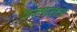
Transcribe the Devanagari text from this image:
कन्गळाल